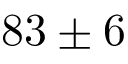
8 3 \pm 6